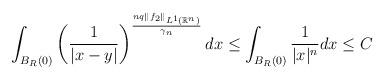
LaTeX: \begin{align*}\int_{B_R(0)}\left(\frac{1}{|x-y|}\right)^{\frac{nq\|f_2\|_{L^1(\mathbb{R}^n)}}{\gamma_{n}}}dx \leq \int_{B_R(0)}\frac{1}{|x|^n}dx\leq C\end{align*}